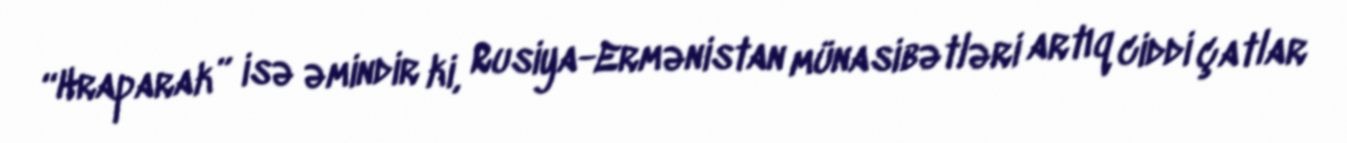
“Hraparak” isə əmindir ki, Rusiya-Ermənistan münasibətləri artıq ciddi çatlar